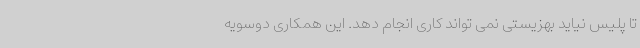
تا پلیس نیاید بهزیستی نمی تواند کاری انجام دهد. این همکاری دوسویه